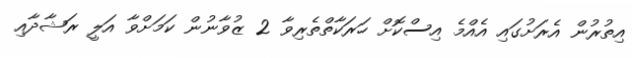
އިތުރުން އެރަށުގައި އެއްމެ އިސްކޮށް ހަރަކާތްތެރިވާ 2 ޒުވާނުން ކަމަށްވާ އަލީ ރަޝާދާއި